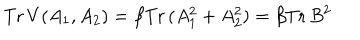
LaTeX: \mathrm { T r } \, V ( A _ { 1 } , A _ { 2 } ) = \beta \mathrm { T r } \, ( A _ { 1 } ^ { 2 } + A _ { 2 } ^ { 2 } ) = \beta \mathrm { T r } \, B ^ { 2 }